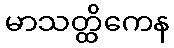
မာသတ္ထိကေန